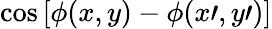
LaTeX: \cos\left[\phi(x,y)-\phi(x\prime,y\prime)\right]